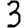
Digit: 3